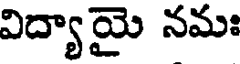
విద్యాయై నమః